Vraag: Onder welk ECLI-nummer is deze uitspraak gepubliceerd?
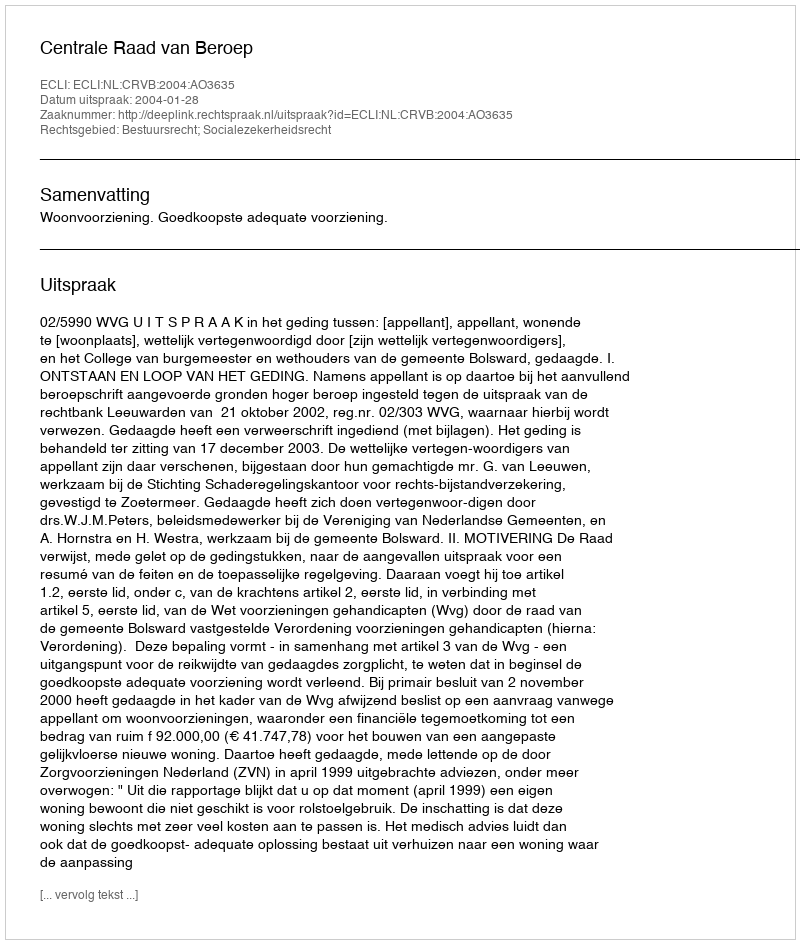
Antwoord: ECLI:NL:CRVB:2004:AO3635